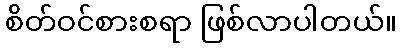
စိတ်ဝင်စားစရာ ဖြစ်လာပါတယ်။